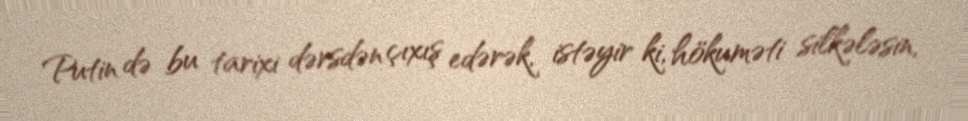
Putin də bu tarixi dərsdən çıxış edərək, istəyir ki, hökuməti silkələsin,